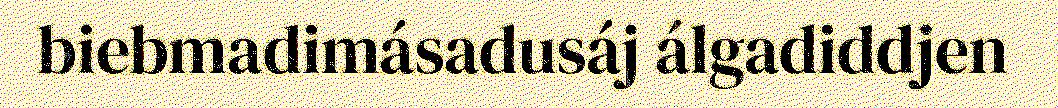
biebmadimásadusáj álgadiddjen